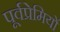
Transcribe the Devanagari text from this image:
पूर्वप्रेमियों